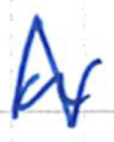
Text: a
Cross-out: mix
Writing tool: ballpoint